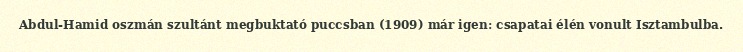
Abdul-Hamid oszmán szultánt megbuktató puccsban (1909) már igen: csapatai élén vonult Isztambulba.